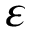
\varepsilon